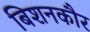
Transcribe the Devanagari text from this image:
बिशनकौर